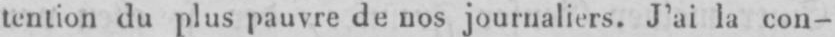
tention du plus pauvre de nos journaliers. J’ai la con-